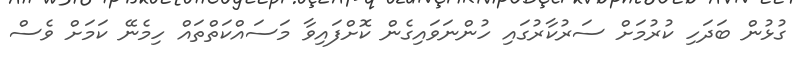
ގުޅުން ބަދަހި ކުރުމަށް ސަރުކާރުގައި ހުންނަވައިގެން ކޮށްފައިވާ މަސައްކަތްތައް ހިމެނޭ ކަމަށް ވެސް